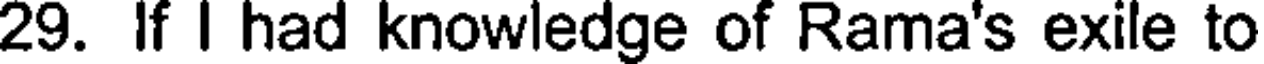
29. If I had knowledge of Rama's exile to